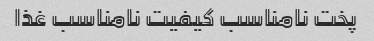
پخت نامناسب کیفیت نامناسب غذا